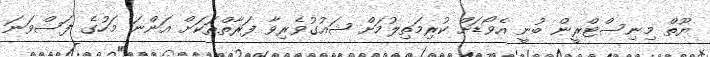
ޔޫތް މިނިސްޓްރީން ބުނީ އެވޯޑަށް ކުރިމަތިލުމަށް ޝައުގުވެރިވާ ފަރާތްތަކަށް އަންނަ މަހުގެ ފަސްވަނަ